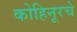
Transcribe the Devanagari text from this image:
कोहिनूरचे